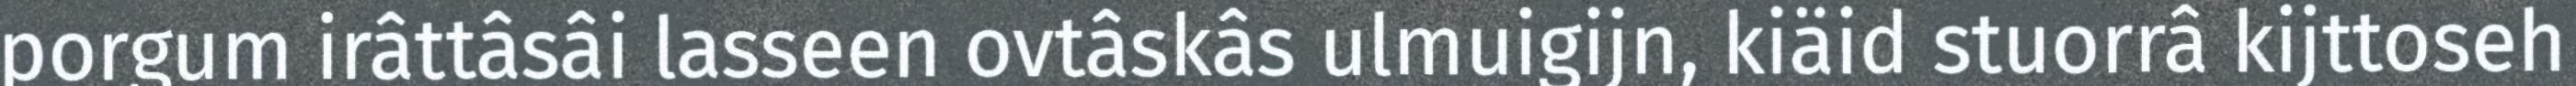
porgum irâttâsâi lasseen ovtâskâs ulmuigijn, kiäid stuorrâ kijttoseh